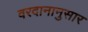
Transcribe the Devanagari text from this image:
वरदानानुसार